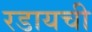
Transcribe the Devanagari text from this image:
रडायची